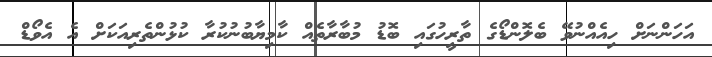
އަހަންނަށް ހިއެއްނުވޭ ބެލޮންޑޯގެ ތާރީހުގައި ބޮޑު މުބާރާތެއް ކާމިޔާބުނުކުރާ ކުޅުންތެރިއަކަށް އެ އެވޯޑް